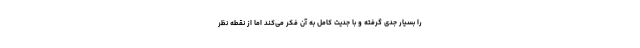
را بسیار جدی گرفته و با جدیت کامل به آن فکر می‌کند اما از نقطه نظر